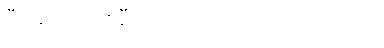
ဒီခေတ် ပန်းချီသင်ရတာထက် ပိုကြာတယ်။